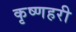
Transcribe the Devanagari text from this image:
कृष्णहरी